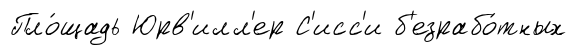
Пло́щадь Юрв'илл'ер С'исс'и б'езрабо́тных